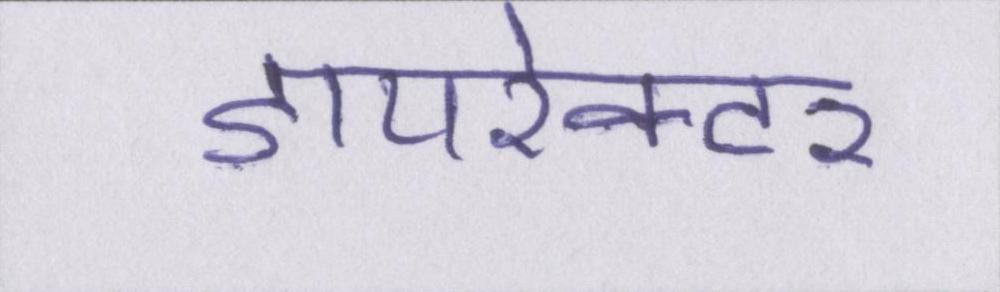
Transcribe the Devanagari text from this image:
डायरेक्टर